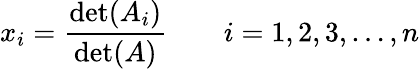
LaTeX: x_{i}={\frac{\operatorname*{det}(A_{i})}{\operatorname*{det}(A)}}\qquad i=1,2,3,\ldots,n